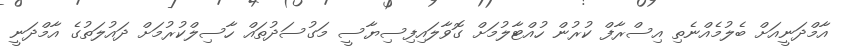
އާމްދަނީއަށް ބެލުމެއްނެތި އިސްރާފް ކުރުން ހުއްޓާލުމަށް ގޮވާލައިފިސިޔާސީ މަގުސަދުތައް ހާސިލްކުރުމަށް ދައުލަތުގެ އާމްދަނީ